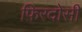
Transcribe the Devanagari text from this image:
फ़िरदोसी